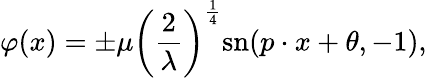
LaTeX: \varphi(x)=\pm\mu\left({\frac{2}{\lambda}}\right)^{\frac{1}{4}}\mathrm{{sn}}(p\cdot x+\theta,-1),